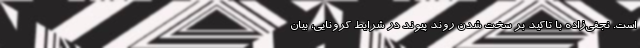
است. نجفی‌زاده با تاکید بر سخت شدن روند پیوند در شرایط کرونایی، بیان